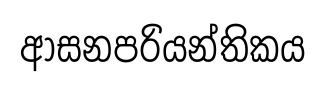
ආසනපරියන්තිකය